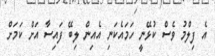
އެ ފިލްމު ވެސް ކުޅޭނީ ހަމައެކަނި އެއިން ލިބޭ ފައިސާ އަށް ކަމަށް